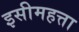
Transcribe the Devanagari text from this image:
इसीमहत्ता